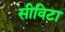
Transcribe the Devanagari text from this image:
सीविटा